Leaving Certificate Examination (including Day School Certificate (Higher) General paper), 1938
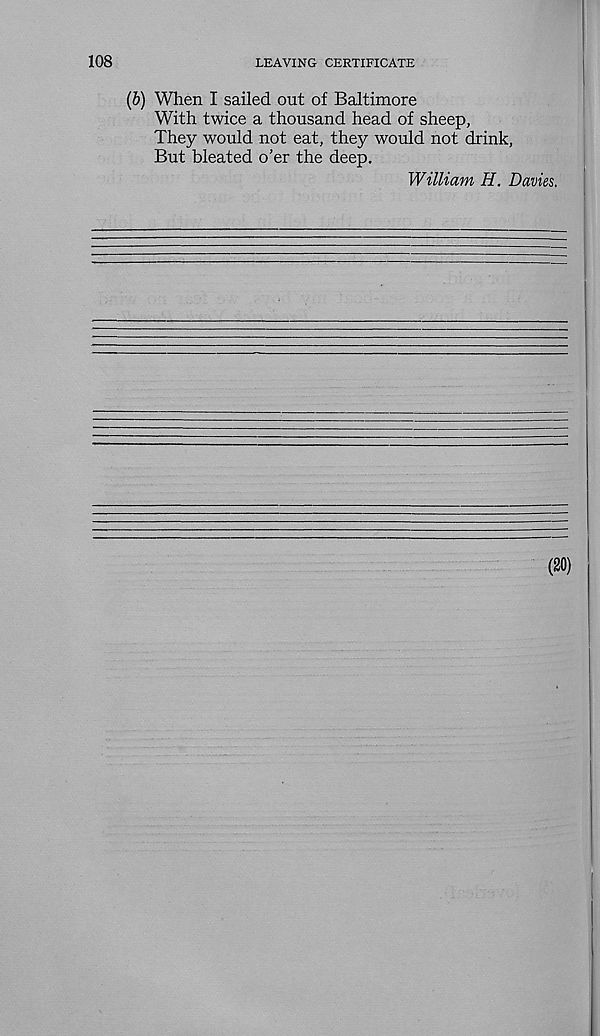
108
LEAVING CERTIFICATE
(b) When I sailed out of Baltimore
With twice a thousand head of sheep,
They would not eat, they would not drink,
But bleated o’er the deep.
William H. Davies.
(20)